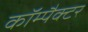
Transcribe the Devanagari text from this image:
कॉम्पैक्टर